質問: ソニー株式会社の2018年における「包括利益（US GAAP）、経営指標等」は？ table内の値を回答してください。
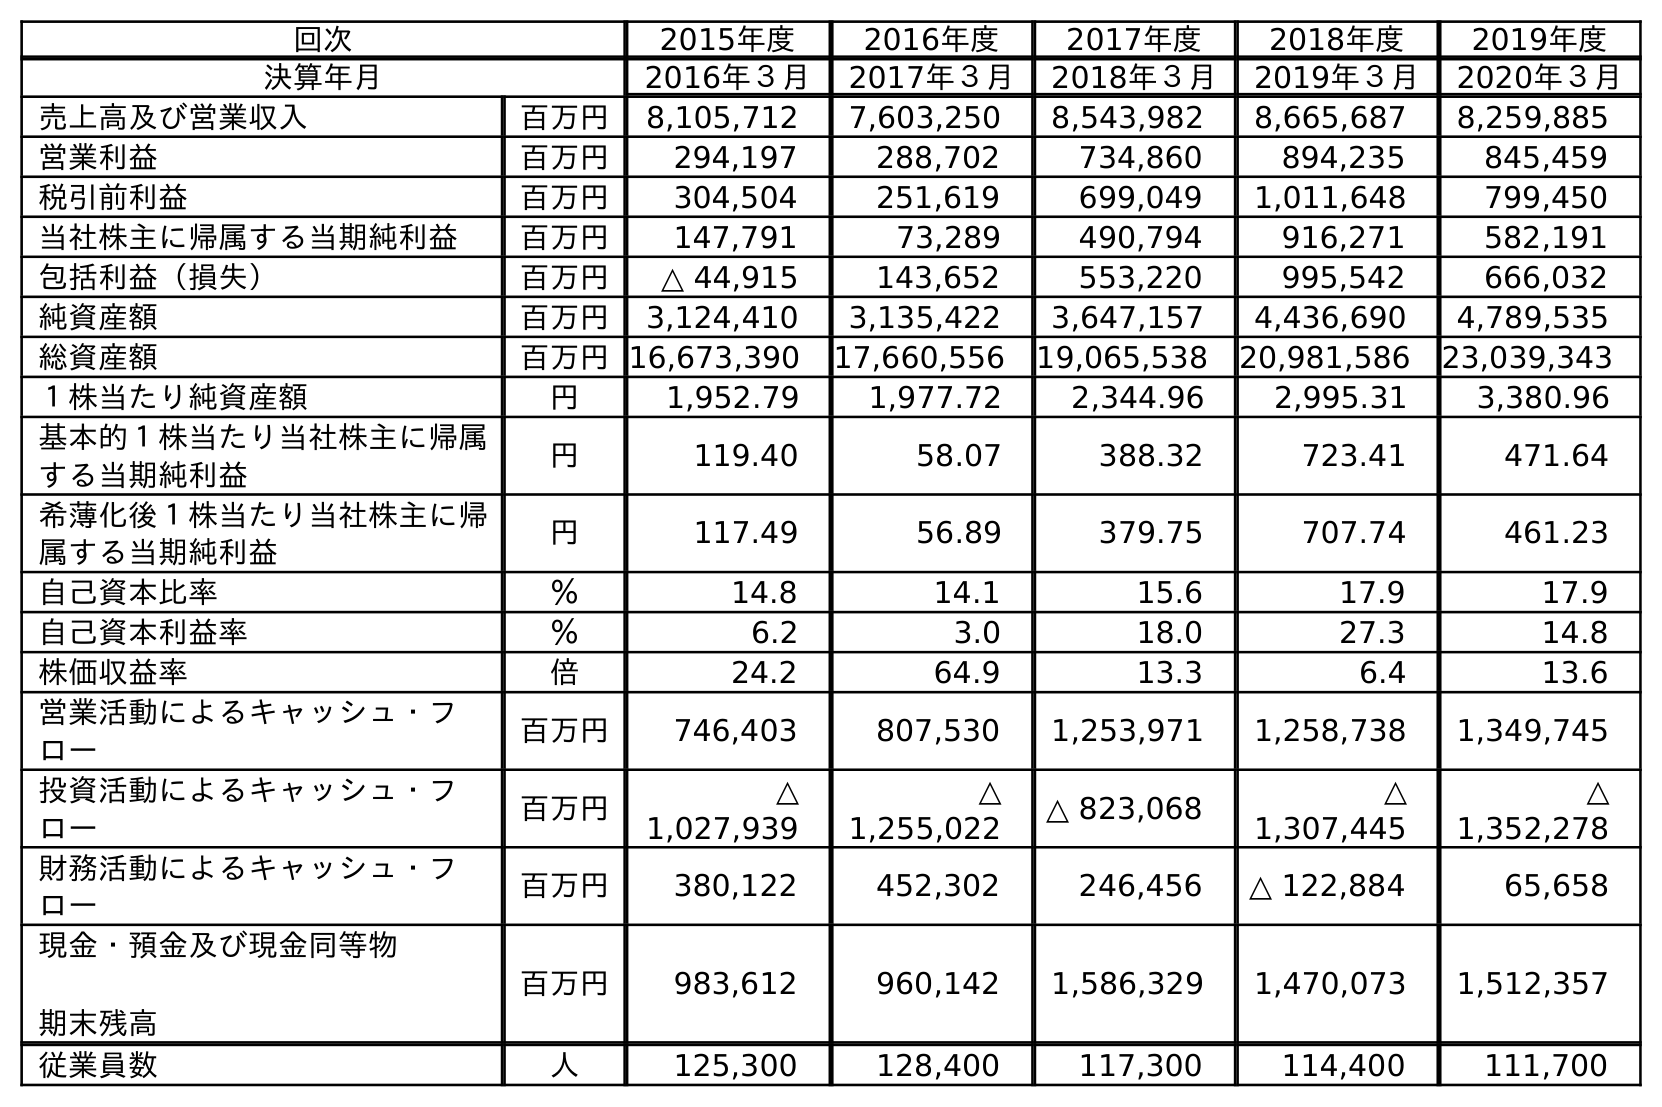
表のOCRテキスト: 回次 2015年度 2016年度 2017年度 2018年度 2019年度 決算年月 2016年３月 2017年３月 2018年３月 2019年３月 2020年３月 売上高及び営業収入 百万円 8,105,712 7,603,250 8,543,982 8,665,687 8,259,885 営業利益 百万円 294,197 288,702 734,860 894,235 845,459 税引前利益 百万円 304,504 251,619 699,049 1,011,648 799,450 当社株主に帰属する当期純利益 百万円 147,791 73,289 490,794 916,271 582,191 包括利益（損失） 百万円 △ 44,915 143,652 553,220 995,542 666,032 純資産額 百万円 3,124,410 3,135,422 3,647,157 4,436,690 4,789,535 総資産額 百万円16,673,390 17,660,556 19,065,538 20,981,586 23,039,343 １株当たり純資産額 円 1,952.79 1,977.72 2,344.96 2,995.31 3,380.96 基本的１株当たり当社株主に帰属 する当期純利益 円 119.40 58.07 388.32 723.41 471.64 希薄化後１株当たり当社株主に帰 属する当期純利益 円 117.49 56.89 379.75 707.74 461.23 自己資本比率 ％ 14.8 14.1 15.6 17.9 17.9 自己資本利益率 ％ 6.2 3.0 18.0 27.3 14.8 株価収益率 倍 24.2 64.9 13.3 6.4 13.6 営業活動によるキャッシュ・フ ロー 百万円 746,403 807,530 1,253,971 1,258,738 1,349,745 投資活動によるキャッシュ・フ ロー 百万円 △ 1,027,939 △ 1,255,022 △ 823,068 △ 1,307,445 △ 1,352,278 財務活動によるキャッシュ・フ ロー 百万円 380,122 452,302 246,456 △ 122,884 65,658 現金・預金及び現金同等物 期末残高 百万円 983,612 960,142 1,586,329 1,470,073 1,512,357 従業員数 人 125,300 128,400 117,300 114,400 111,700
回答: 553,220